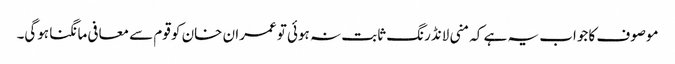
موصوف کا جواب یہ ہے کہ منی لانڈرنگ ثابت نہ ہوئی تو عمران خان کو قوم سے معافی مانگنا ہوگی۔